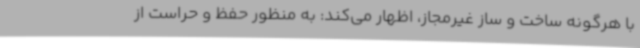
با هرگونه ساخت و ساز غیرمجاز، اظهار می‌کند: به منظور حفظ و حراست از